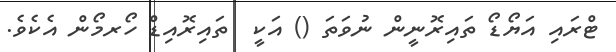
ޓްރައި އަޔޯޑޯ ތައިރޮނީން ނުވަތަ () އަކީ  ތައިރޮއިޑް ހޯރމޯން އެކެވެ.